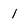
Character: 1